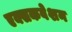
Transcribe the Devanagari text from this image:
एक्सकवेशन